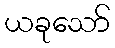
ယခုသော်